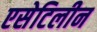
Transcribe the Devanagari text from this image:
एसेटिलीन